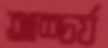
আশ্চর্য